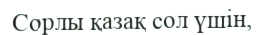
Сорлы қазақ сол үшін,